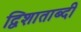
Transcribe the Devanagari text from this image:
द्विशाताब्दी